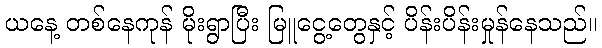
ယနေ့ တစ်နေကုန် မိုးရွာပြီး မြူငွေ့တွေနှင့် ပိန်းပိန်းမှုန်နေသည်။